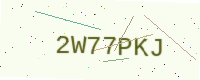
Text: 2W77PKJ